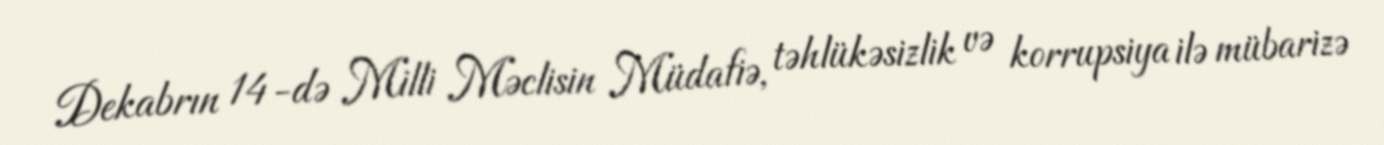
Dekabrın 14-də Milli Məclisin Müdafiə, təhlükəsizlik və korrupsiya ilə mübarizə